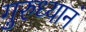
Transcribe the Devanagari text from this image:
गुरुध्यानं